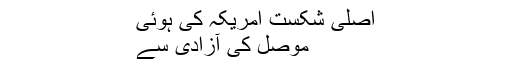
اصلی شکست امریکہ کی ہوئی
موصل کی آزادی سے